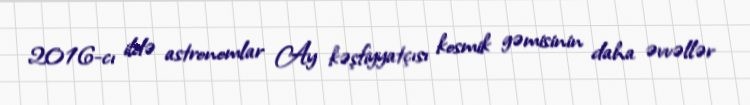
2016-cı ildə astronomlar Ay kəşfiyyatçısı kosmik gəmisinin daha əvvəllər